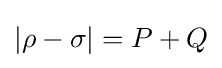
|\rho -\sigma |=P+Q